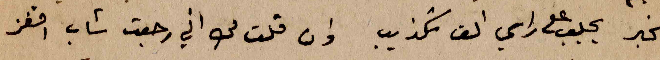
الخبر يجلب  على راسي الف تكذيب وان قلت لك اني رجعت شاب اقفز